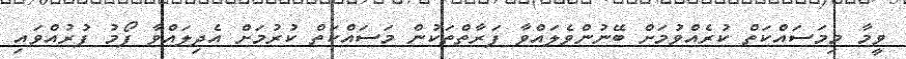
ވީމާ މިމަސައްކަތް ކުރެއްވުމަށް ބޭނުންވެލައްވާ ފަރާތްތަކުން މަސައްކަތް ކުރުމަށް އެދިލައްވާ ފޯމު ފުރުއްވައި